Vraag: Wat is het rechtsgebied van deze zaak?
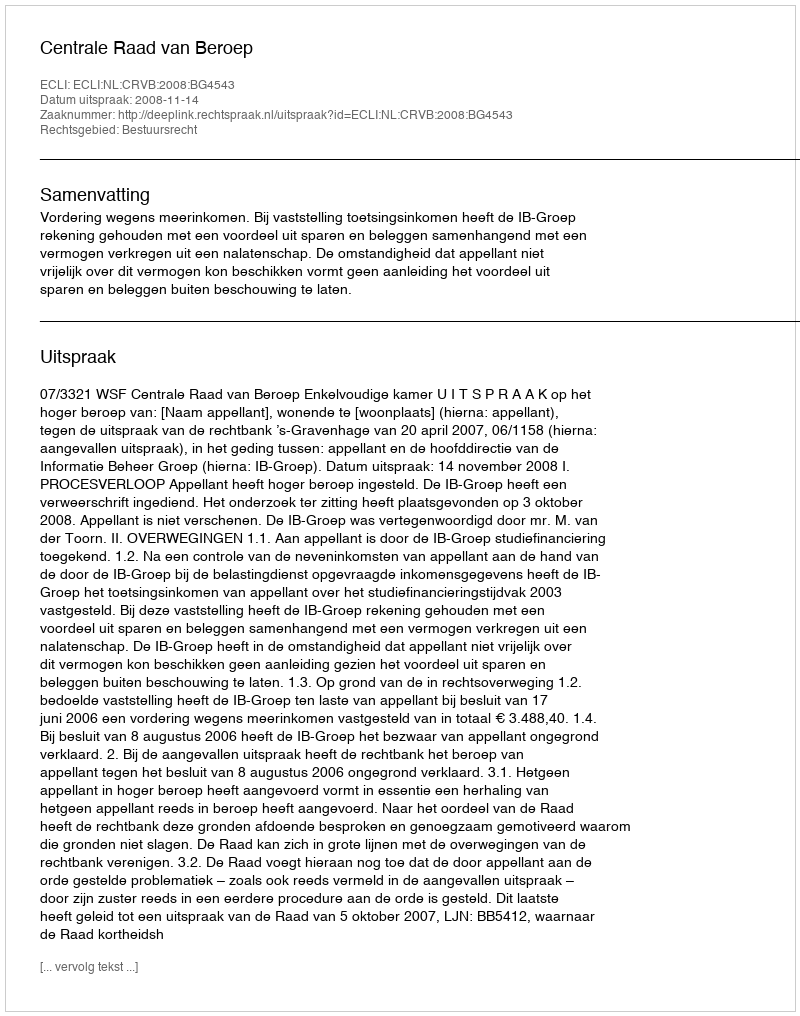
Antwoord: Bestuursrecht